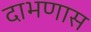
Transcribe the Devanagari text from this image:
दाभणास